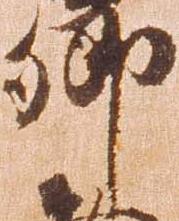
郷